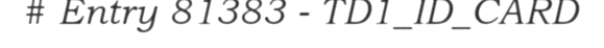
# Entry 81383 - TD1_ID_CARD